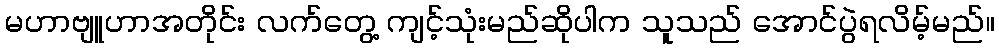
မဟာဗျူဟာအတိုင်း လက်တွေ့ ကျင့်သုံးမည်ဆိုပါက သူသည် အောင်ပွဲရလိမ့်မည်။